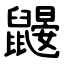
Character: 鼹